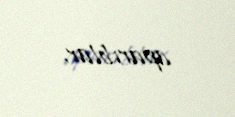
aparıblar.